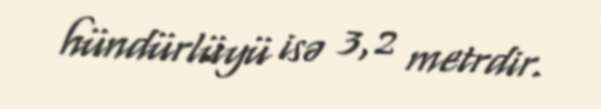
hündürlüyü isə 3,2 metrdir.